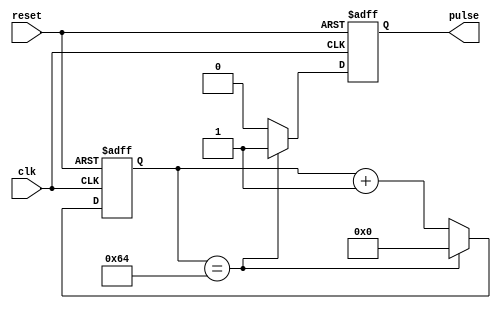
module RisingEdgePulseGenerator(
  input wire clk,
  input wire reset,
  output reg pulse
);

parameter THRESHOLD = 100; // Predefined threshold value for determining pulse generation time interval

reg [7:0] counter; // Counter to keep track of time intervals

always @(posedge clk or posedge reset) begin
  if (reset) begin
    counter <= 0;
    pulse <= 0;
  end else begin
    counter <= counter + 1;
    if (counter == THRESHOLD) begin
      pulse <= 1;
      counter <= 0;
    end else begin
      pulse <= 0;
    end
  end
end

endmodule